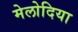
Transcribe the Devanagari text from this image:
मेलोदिया